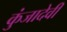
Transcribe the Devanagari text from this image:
कुंजादेवी